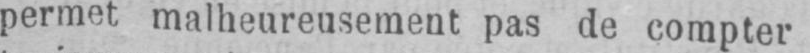
permet malheureusement pas de compter